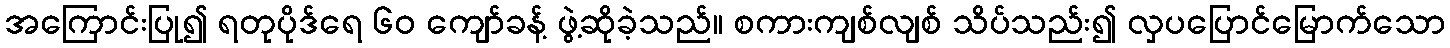
အကြောင်းပြု၍ ရတုပိုဒ်ရေ ၆၀ ကျော်ခန့် ဖွဲ့ဆိုခဲ့သည်။ စကားကျစ်လျစ် သိပ်သည်း၍ လှပပြောင်မြောက်သော